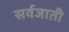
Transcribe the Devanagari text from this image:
सर्वजाती